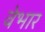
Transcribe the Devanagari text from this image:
वेभार